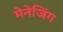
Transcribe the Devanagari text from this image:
मेनेजिंग